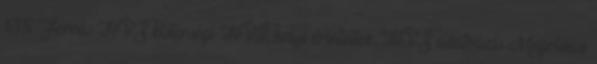
138 Forrás:HVS kistérségi HVI, helyi érintettek, HVS adatbázis Megoldási